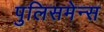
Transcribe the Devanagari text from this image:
पुलिसमेन्स